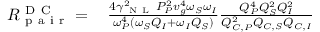
\begin{array} { r l } { R _ { \mathrm { ~ p ~ a ~ i ~ r ~ } } ^ { \mathrm { ~ D ~ C ~ } } = \, } & { { } \frac { 4 \gamma _ { \mathrm { ~ N ~ L ~ } } ^ { 2 } P _ { P } ^ { 2 } v _ { g } ^ { 4 } \omega _ { S } \omega _ { I } } { \omega _ { P } ^ { 4 } \left( \omega _ { S } Q _ { I } + \omega _ { I } Q _ { S } \right) } \frac { Q _ { P } ^ { 4 } Q _ { S } ^ { 2 } Q _ { I } ^ { 2 } } { Q _ { C , P } ^ { 2 } Q _ { C , S } Q _ { C , I } } } \end{array}